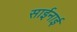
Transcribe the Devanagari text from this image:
साईनाई